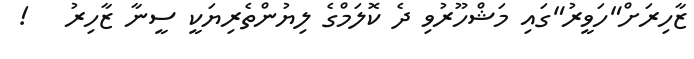
ޒާހިރަށް"ހަވީރު"ގައި މަޝްހޫރުވި ދެ ކޮލަމްގެ ލިޔުންތެރިޔަކީ ސީނާ ޒާހިރު   !